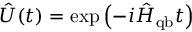
\hat { U } ( t ) = \exp \left( - i \hat { H } _ { \mathrm { q b } } t \right)